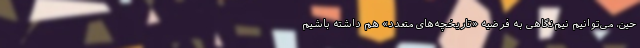
حین، می‌توانیم نیم‌نگاهی به فرضیه «تاریخچه‌های متعدد» هم داشته باشیم